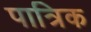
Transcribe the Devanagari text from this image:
पात्रिक